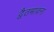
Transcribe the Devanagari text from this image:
द्वैतभावना